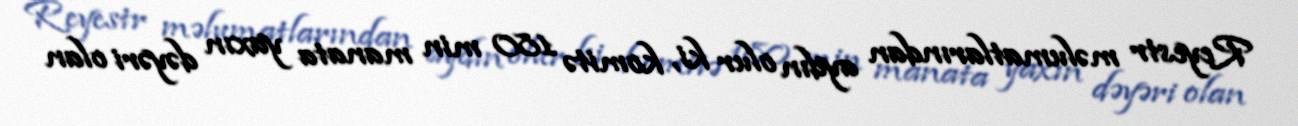
Reyestr məlumatlarından aydın olur ki, komitə 180 min manata yaxın dəyəri olan